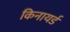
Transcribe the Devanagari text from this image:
किनायर्ड